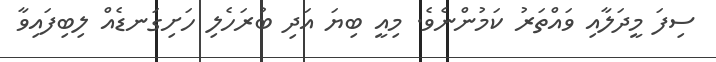
ސިފަ މީދަލާއި ވައްތަރު ކަމުންނެވެ. މިއީ ބިޔަ އަދި ބުރަހެލި ހަށިގަނޑެއް ލިބިފައިވާ